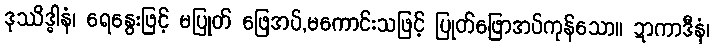
ဒုဿိဒ္ဓါနံ၊ ရေနွေးဖြင့် မပြုတ် ဖြေအပ်,မကောင်းသဖြင့် ပြုတ်ဖြောအပ်ကုန်သော။ ဍာကာဒီနံ၊